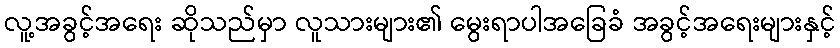
လူ့အခွင့်အရေး ဆိုသည်မှာ လူသားများ၏ မွေးရာပါအခြေခံ အခွင့်အရေးများနှင့်